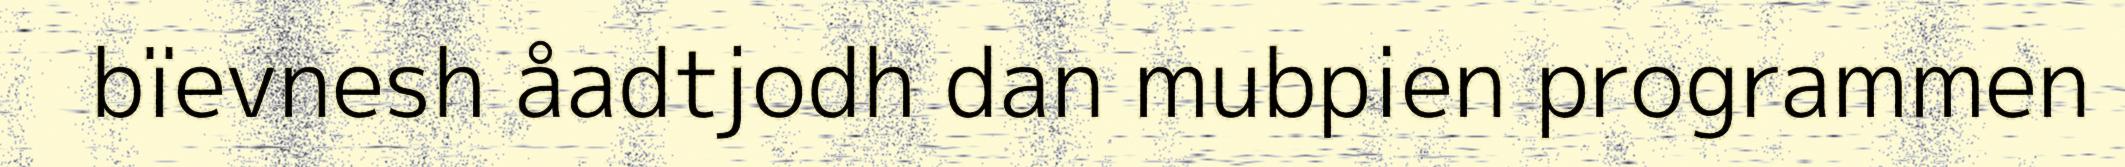
bïevnesh åadtjodh dan mubpien programmen